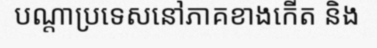
បណ្តាប្រទេសនៅភាគខាងកើត និង